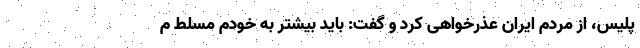
پلیس، از مردم ایران عذرخواهی کرد و گفت: باید بیشتر به خودم مسلط م